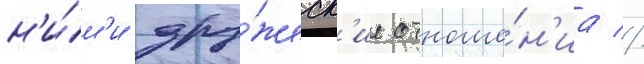
н'и́м'и дру́жеск'ие отноше́н'иа //